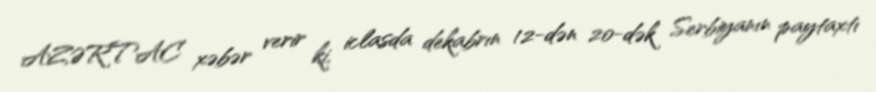
AZƏRTAC xəbər verir ki, iclasda dekabrın 12-dən 20-dək Serbiyanın paytaxtı